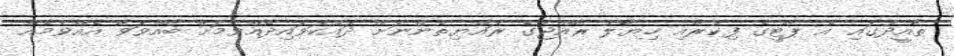
ތާއީދުގައި އެ ޕާޓީގެ ފިކުރާއި ޚިޔާލު ރާއްޖޭގެ ރައްޔިތުންނަށް ދައްކަވައިދެއްވުމަށް ބާއްވަވާ އެއްވުމެއް